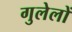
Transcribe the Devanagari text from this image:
गुलेलों